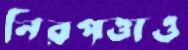
নিরপত্তাও